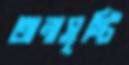
অনাসৃষ্টি